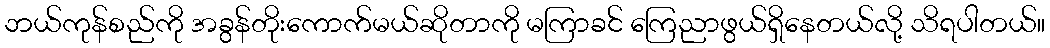
ဘယ်ကုန်စည်ကို အခွန်တိုးကောက်မယ်ဆိုတာကို မကြာခင် ကြေညာဖွယ်ရှိနေတယ်လို့ သိရပါတယ်။